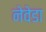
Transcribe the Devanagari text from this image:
नेवेडा